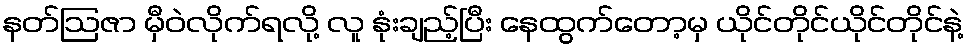
နတ်ဩဇာ မှီဝဲလိုက်ရလို့ လူ နုံးချည့်ပြီး နေထွက်တော့မှ ယိုင်တိုင်ယိုင်တိုင်နဲ့